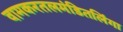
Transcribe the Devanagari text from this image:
वामकरतलमंडितलिंगा